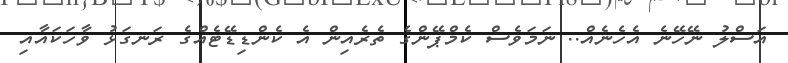
އަސްލު ނޭހޭނެ އެހެނެއް.. ނަމަވެސް ކެމްޕޭންގެ ތެރެއިން އެ ކެންޑިޑޭޓެއްގެ ރަނގަޅު ވާހަކައާއި